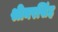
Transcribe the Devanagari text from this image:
श्रीनरसिंह